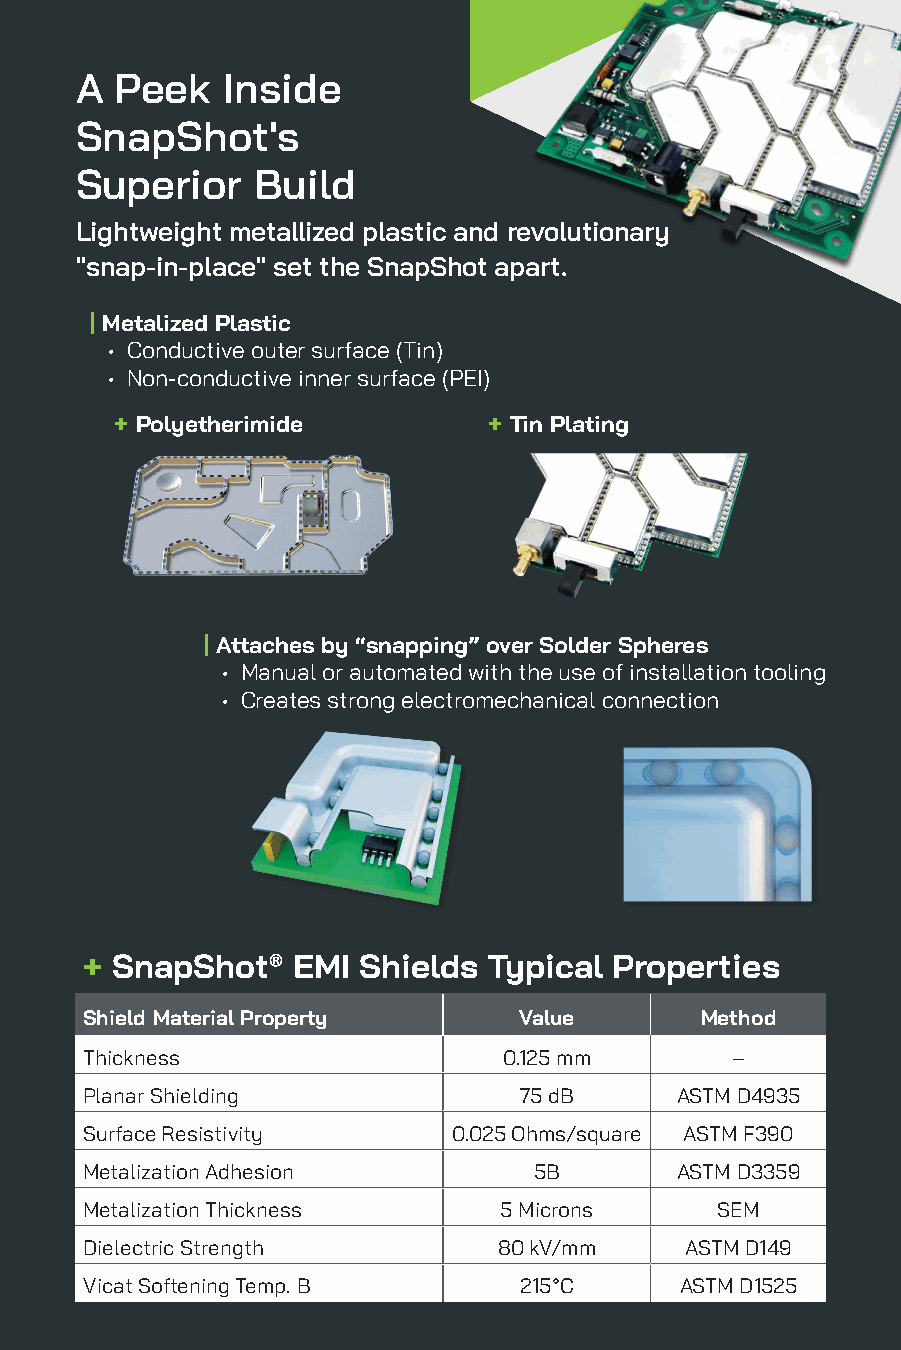
A  Peek   Inside
 SnapShot's
 Superior    Build
 Lightweight metallized plastic and revolutionary
 "snap-in-place" set the SnapShot apart.
 | Metalized Plastic
 • Conductive outer surface (Tin)
 • Non-conductive inner surface (PEI)
 + Polyetherimide        + Tin Plating
 | Attaches by “snapping” over Solder Spheres
 • Manual or automated with the use of installation tooling
 • Creates strong electromechanical connection
 + SnapShot®  EMI  Shields Typical  Properties
 Shield Material Property    Value       Method
 Thickness                  0.125 mm       –
 Planar Shielding            75 dB      ASTM D4935
 Surface Resistivity     0.025 Ohms/square ASTM F390
 Metalization Adhesion        5B        ASTM D3359
 Metalization Thickness     5 Microns     SEM
 Dielectric Strength        80 kV/mm    ASTM D149
 Vicat Softening Temp. B     215°C      ASTM D1525
 www.xgrtec.com                                     / 1 /